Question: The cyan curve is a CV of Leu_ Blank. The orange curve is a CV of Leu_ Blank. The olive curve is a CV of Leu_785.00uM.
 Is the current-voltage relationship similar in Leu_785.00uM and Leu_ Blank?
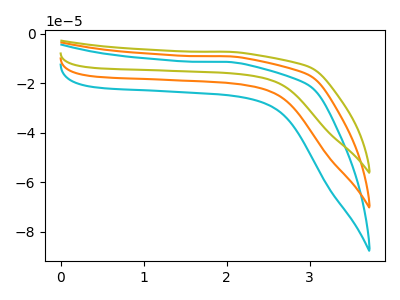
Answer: <think>The cyan curve "Leu_ Blank" has no peaks. The orange curve "Leu_ Blank" has no peaks. The olive curve "Leu_785.00uM" has no peaks.
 Neither "Leu_785.00uM" or "Leu_ Blank" have any peaks.</think>
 <answer>"Leu_785.00uM" and "Leu_ Blank" are similar in shape.</answer>
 <eval>same_shape</eval>